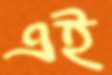
এই